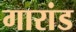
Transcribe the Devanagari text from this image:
गारांड